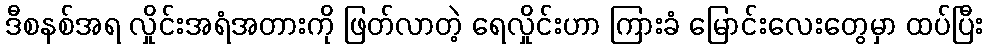
ဒီစနစ်အရ လှိုင်းအရံအတားကို ဖြတ်လာတဲ့ ရေလှိုင်းဟာ ကြားခံ မြောင်းလေးတွေမှာ ထပ်ပြီး